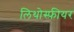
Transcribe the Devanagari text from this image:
लिथोस्फ़ीयर